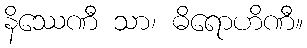
နိဿေဏီ သာ၊ ဓိရောဟိဏီ။